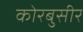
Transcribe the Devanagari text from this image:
कोरबुसीर